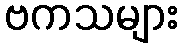
ဗကသများ